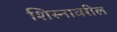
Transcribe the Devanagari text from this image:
शिस्नावरील